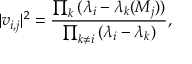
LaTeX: | v _ { i , j } | ^ { 2 } = { \frac { \prod _ { k } { ( \lambda _ { i } - \lambda _ { k } ( M _ { j } ) ) } } { \prod _ { k \neq i } { ( \lambda _ { i } - \lambda _ { k } ) } } } ,